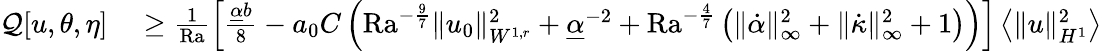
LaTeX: \begin{array}{rl}{\mathcal{Q}[u,\theta,\eta]}&{{}\geq\frac{1}{\mathrm{{Ra}}}\left[\frac{\underline{{\alpha}}b}{8}-a_{0}C\left(\mathrm{{Ra}}^{-\frac{9}{7}}\| u_{0}\| _{W^{1,r}}^{2}+\underline{{\alpha}}^{-2}+\mathrm{{Ra}}^{-\frac{4}{7}}\left(\| \dot{\alpha}\| _{\infty}^{2}+\| \dot{\kappa}\| _{\infty}^{2}+1\right)\right)\right]\left\langle\| u\| _{H^{1}}^{2}\right\rangle}\end{array}